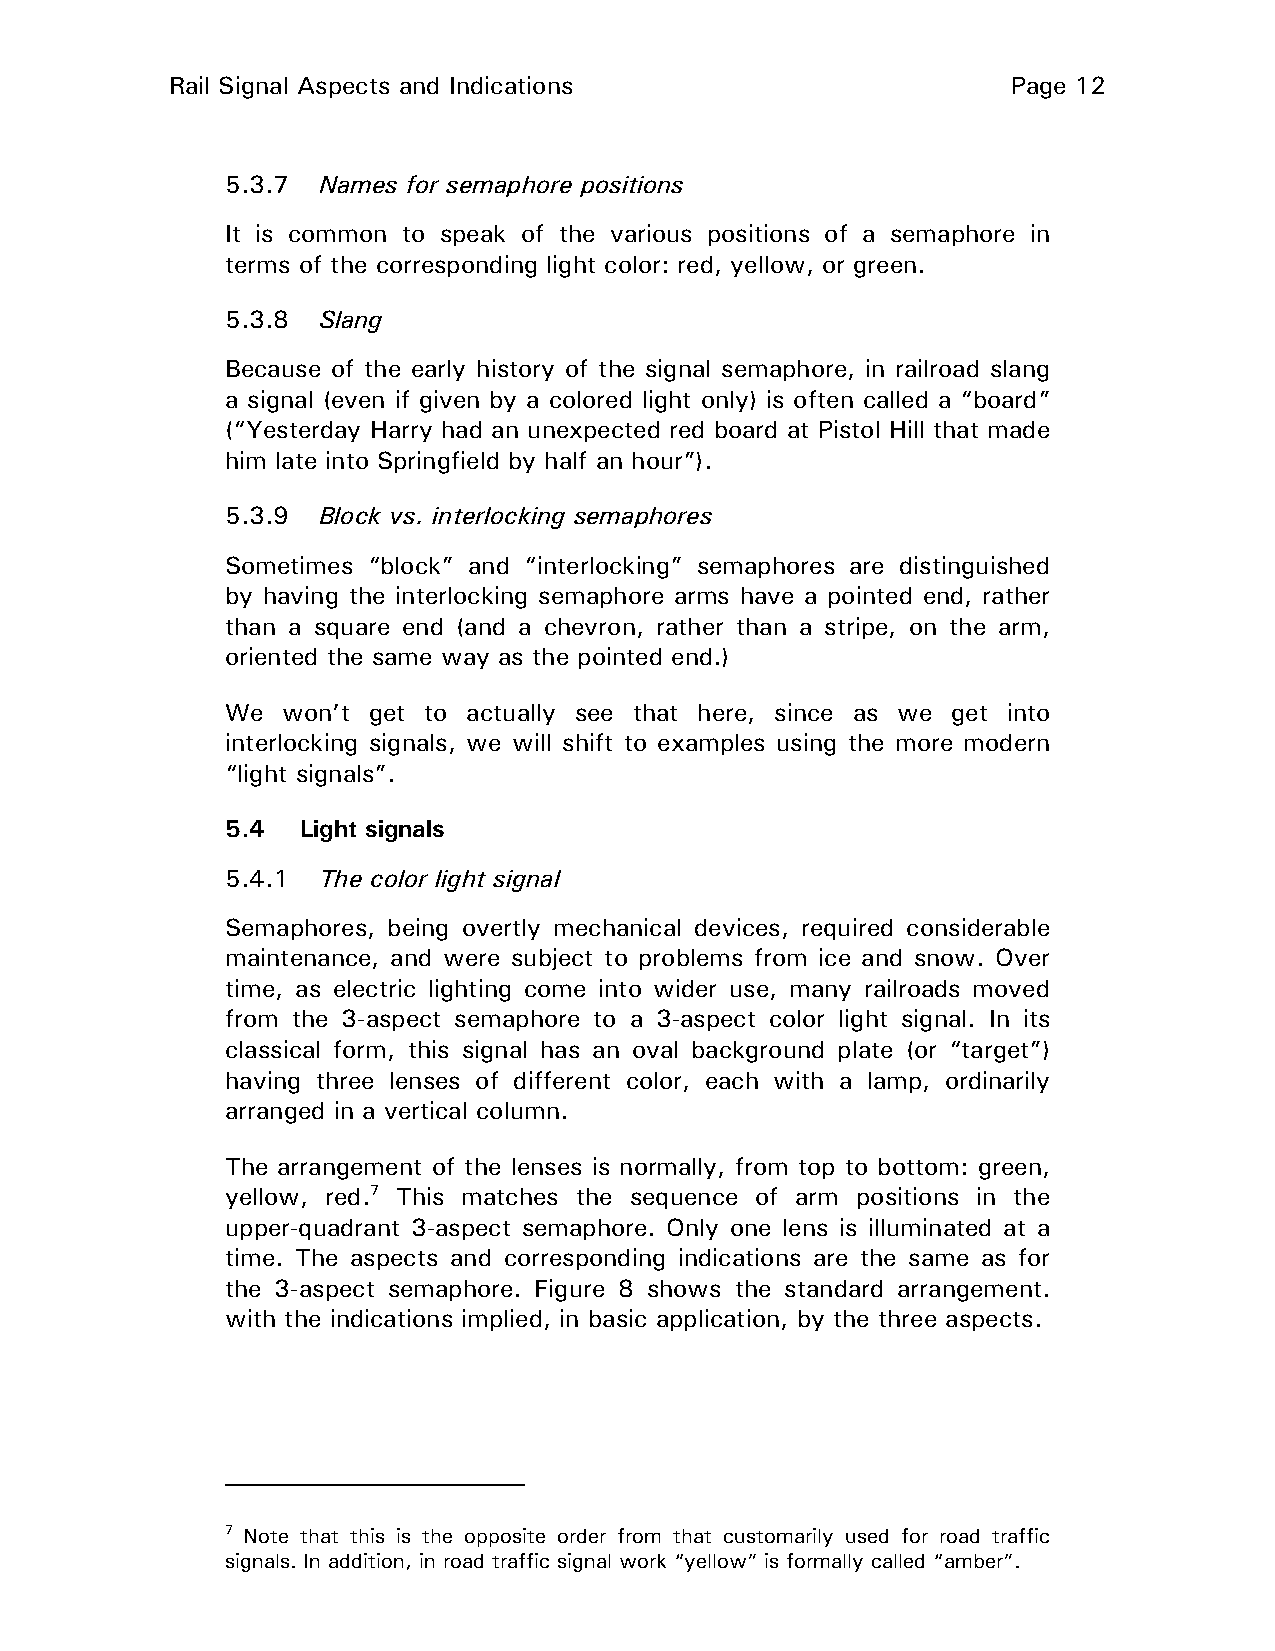
Rail Signal Aspects and Indications                     Page 12
 5.3.7 Names for semaphore positions
 It is common to speak of the various positions of a semaphore in
 terms of the corresponding light color: red, yellow, or green.
 5.3.8 Slang
 Because of the early history of the signal semaphore, in railroad slang
 a signal (even if given by a colored light only) is often called a “board”
 (“Yesterday Harry had an unexpected red board at Pistol Hill that made
 him late into Springfield by half an hour”).
 5.3.9 Block vs. interlocking semaphores
 Sometimes “block” and “interlocking” semaphores are distinguished
 by having the interlocking semaphore arms have a pointed end, rather
 than a square end (and a chevron, rather than a stripe, on the arm,
 oriented the same way as the pointed end.)
 We  won’t get to actually see that here, since as we get into
 interlocking signals, we will shift to examples using the more modern
 “light signals”.
 5.4  Light signals
 5.4.1 The color light signal
 Semaphores, being overtly mechanical devices, required considerable
 maintenance, and were subject to problems from ice and snow. Over
 time, as electric lighting come into wider use, many railroads moved
 from the 3-aspect semaphore to a 3-aspect color light signal. In its
 classical form, this signal has an oval background plate (or “target”)
 having three lenses of different color, each with a lamp, ordinarily
 arranged in a vertical column.
 The arrangement of the lenses is normally, from top to bottom: green,
 yellow, red.7 This matches the sequence of arm positions in the
 upper-quadrant 3-aspect semaphore. Only one lens is illuminated at a
 time. The aspects and corresponding indications are the same as for
 the 3-aspect semaphore. Figure 8 shows the standard arrangement.
 with the indications implied, in basic application, by the three aspects.
 7 Note that this is the opposite order from that customarily used for road traffic
 signals. In addition, in road traffic signal work “yellow” is formally called “amber”.